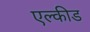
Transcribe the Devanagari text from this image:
एल्कीड